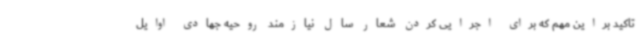
تاکید براین مهم که برای اجرایی کردن شعار سال نیازمند روحیه جهادی اوایل